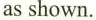
as shown.